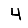
Digit: 4